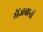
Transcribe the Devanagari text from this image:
मेंजबानी